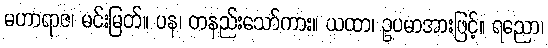
မဟာရာဇ၊ မင်းမြတ်။ ပန၊ တနည်းသော်ကား။ ယထာ၊ ဥပမာအားဖြင့်။ ရညော၊